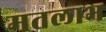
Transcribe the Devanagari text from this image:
मतलाभ